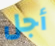
أجل